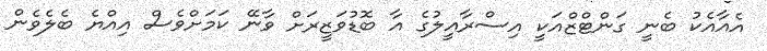
އެއާއެކު ބެނީ ގަންޓްޒްއަކީ އިސްރާއީލުގެ އާ ބޮޑުވަޒީރަށް ވާނޭ ކަމަށްވެސް އިއްޔެ ބެލެވެން